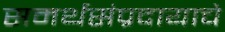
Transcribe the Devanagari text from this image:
समर्थसंप्रदायाचे